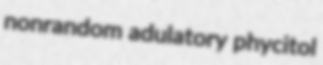
nonrandom adulatory phycitol